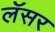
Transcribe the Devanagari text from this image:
लॅसर